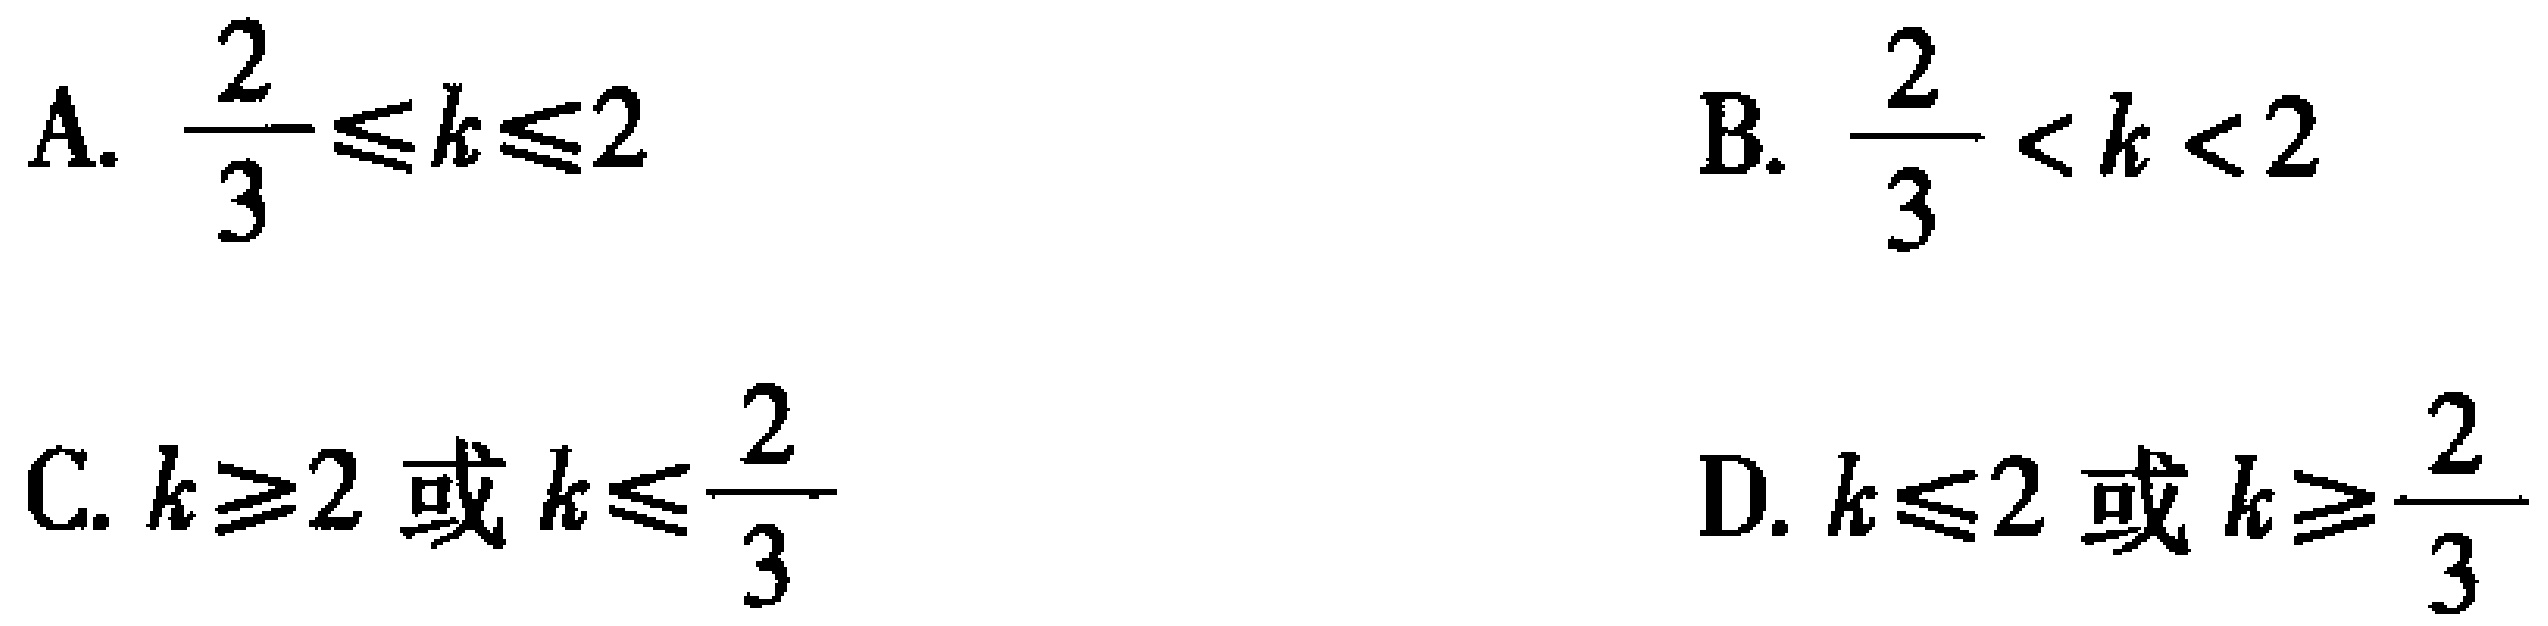
A. $\frac{2}{3}\leq k\leq2$
B. $\frac{2}{3}<k<2$
C. $k\geq2 \text{ 或 } k\leq\frac{2}{3}$
D. $k\leq2 \text{ 或 } k\geq\frac{2}{3}$